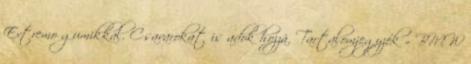
Extremo gumikkal. Csavarokat is adok hozzá. Tartalomjegyzék » BMW